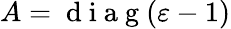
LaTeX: A=\mathrm{~d~i~a~g~}(\varepsilon-1)